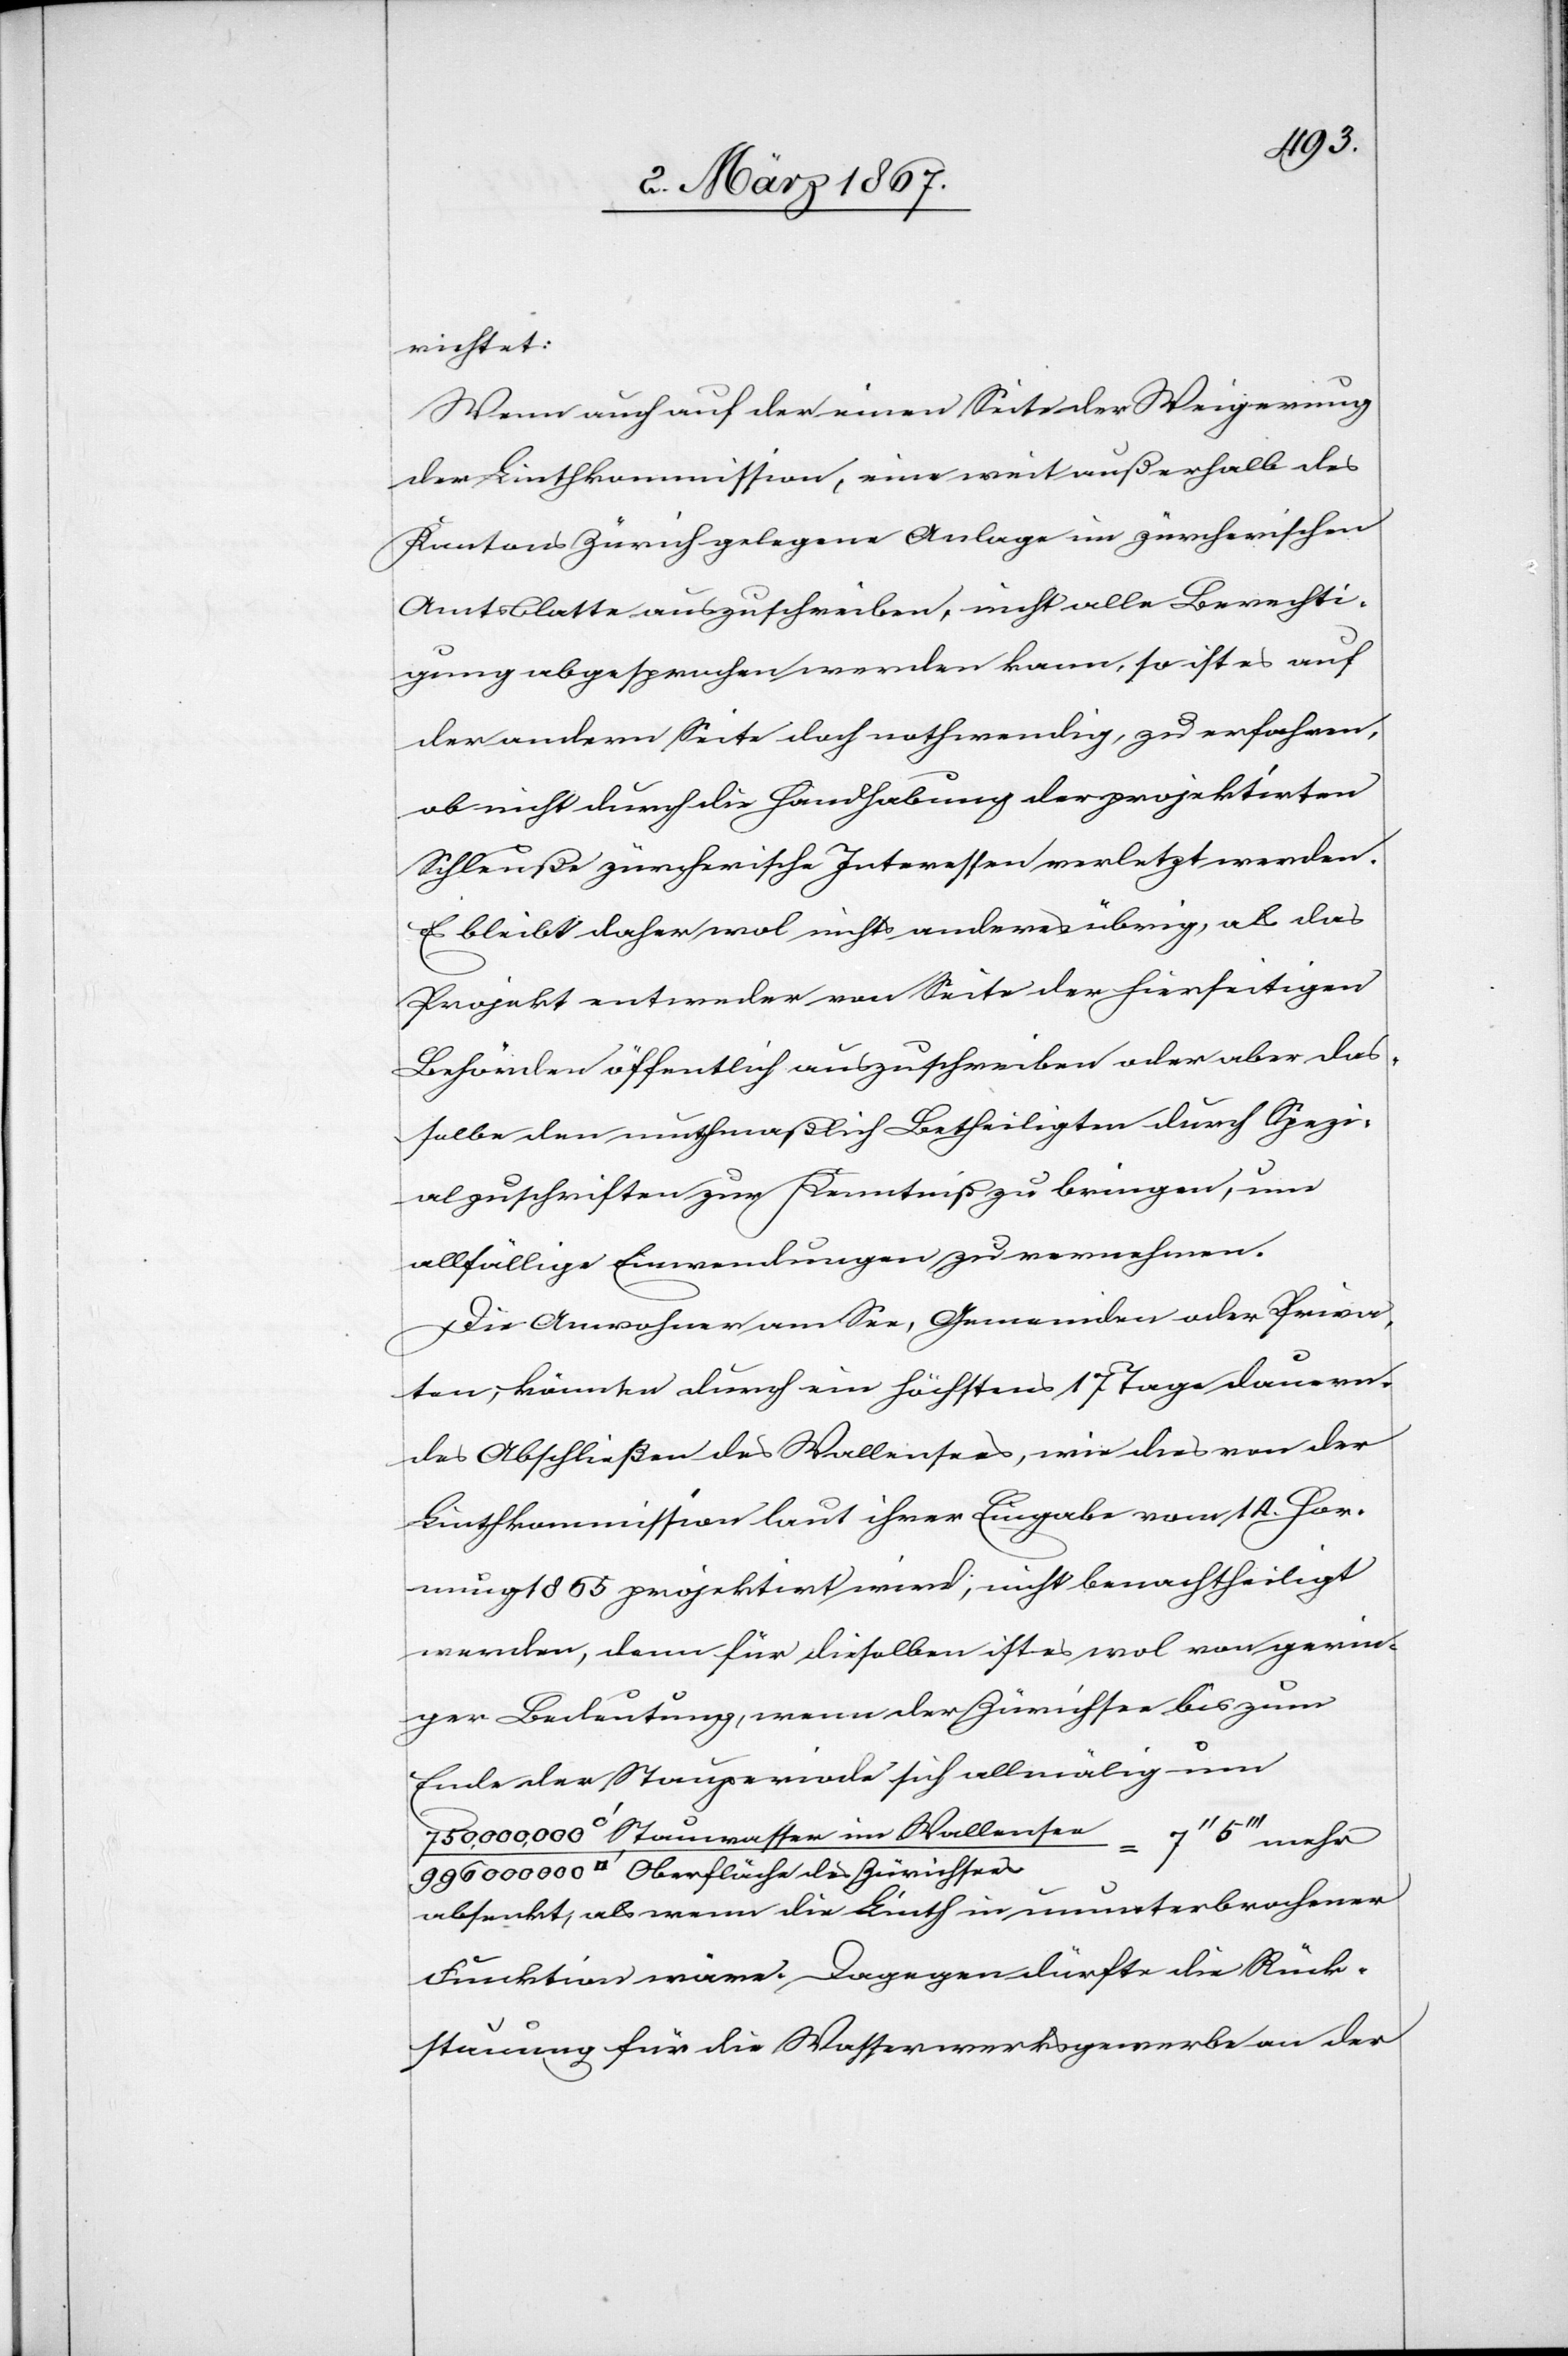
richtet:
Wenn auch auf der einen Seite der Weigerung
der Linthkommission, eine weit außerhalb des
Kantons Zürich gelegene Anlage im züricherischen
Amtsblatte auszuschreiben, nicht alle Berechti¬
gung abgesprochen werden kann, so ist es auf
der andern Seite doch nothwendig, zu erfahren,
ob nicht durch die Handhabung der projektirten
Schleuße zürcherische Interessen verletzt werden.
Es bleibt daher wol nichts anderes übrig, als das
Projekt entweder von Seite der hierseitigen
Behörden öffentlich auszuschreiben oder aber das¬
selbe den muthmaßlich Betheiligten durch Spezi¬
alzuschriften zur Kenntniß zu bringen, um
allfällige Einwendungen zu vernehmen.
Die Anwohner am See, Gemeinden oder Priva¬
ten, könnten durch ein höchstens 17 Tage dauern¬
des Abschließen des Wallensees, wie dies von der
Linthkommission laut ihrer Eingabe vom 14. Hor¬
nung 1865 projektirt wird, nicht benachtheiligt
werden, denn für dieselben ist es wol von gerin¬
ger Bedeutung, wenn der Zürichsee bis zum
Ende der Stauperiode sich allmälig um
[Quadratfuss] Stauwasser im Wallensee / 996
000 000 [Quadratfuss] Oberfläche des Zürichsees
absenkt, als wenn die Linth in ununterbrochener
Funktion wäre. Dagegen dürfte die Rück¬
stauung für die Wasserwerksgewerbe an der